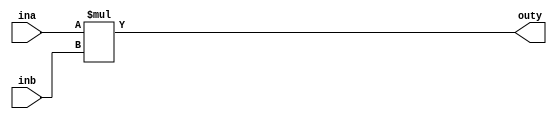
module multi
#(parameter
	m     = 8//selecting m bits
)
(
    input [m-1:0] ina,
    input [m-1:0] inb,
    output [2*m-1:0] outy
);
	
    assign outy=ina*inb;
	
endmodule //8*8